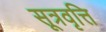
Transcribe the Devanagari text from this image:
सूत्रवृत्ति